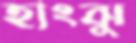
হাংঝু